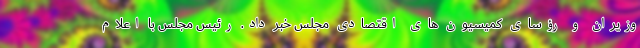
وزیران و رؤسای کمیسیون های اقتصادی مجلس خبر داد. رئیس مجلس با اعلام